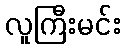
လူကြီးမင်း